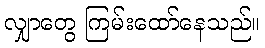
လျှာတွေ ကြမ်းထော်နေသည်။